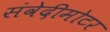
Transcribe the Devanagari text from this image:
संवेदीमोटर